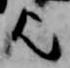
歟